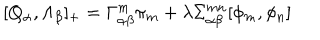
LaTeX: [ Q _ { \alpha } , \Lambda _ { \beta } ] _ { + } = \Gamma _ { \alpha \beta } ^ { m } \pi _ { m } + \lambda \Sigma _ { \alpha \beta } ^ { m n } [ \phi _ { m } , \phi _ { n } ]